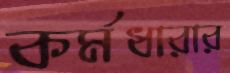
কর্মধারার